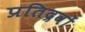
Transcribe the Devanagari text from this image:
प्रतिद्रवों